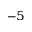
^ { - 5 }